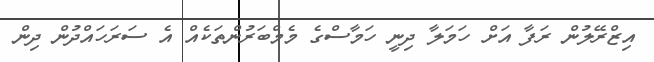
އިޒްރޭލުން ރަފާ އަށް ހަމަލާ ދިނީ ހަމާސްގެ މެމްބަރުންތަކެއް އެ ސަރަހައްދުން ދިން